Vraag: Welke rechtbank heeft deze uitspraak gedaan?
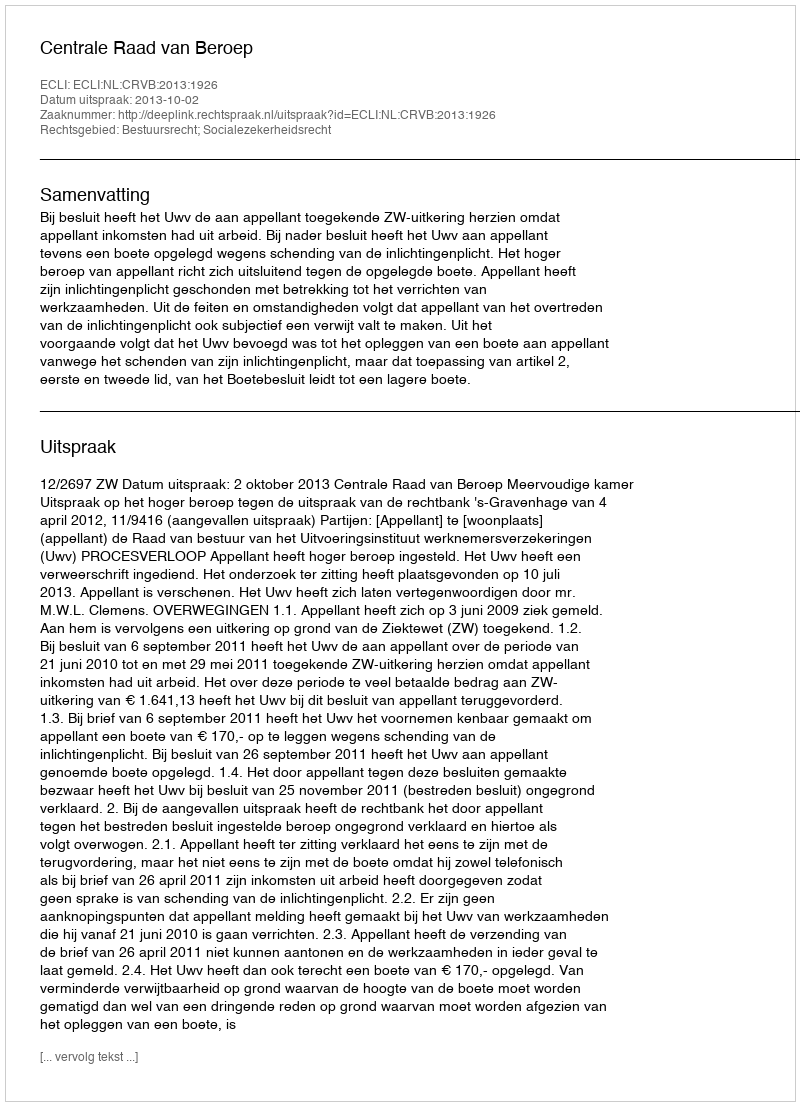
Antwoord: Centrale Raad van Beroep